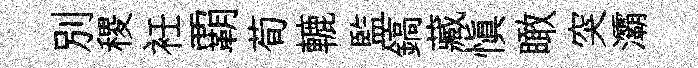
別稷衽覇荀轆監鎬藏慎瞰突灞